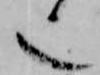
也